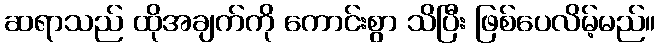
ဆရာသည် ထိုအချက်ကို ကောင်းစွာ သိပြီး ဖြစ်ပေလိမ့်မည်။